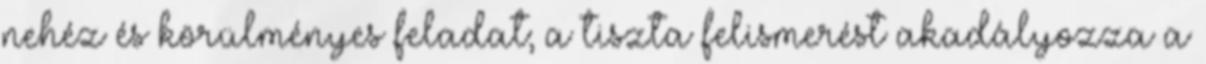
nehéz és körülményes feladat; a tiszta felismerést akadályozza a